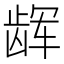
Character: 𱌳